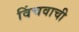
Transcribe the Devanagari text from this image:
विंचवाची